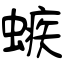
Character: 螏